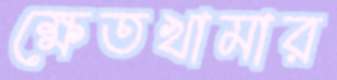
ক্ষেতখামার